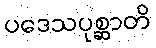
ပဒေသပုစ္ဆာတိ